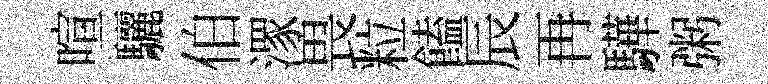
喧驪伯潈畏粒饁辰再驊粥